Leaving Certificate Examination, 1906
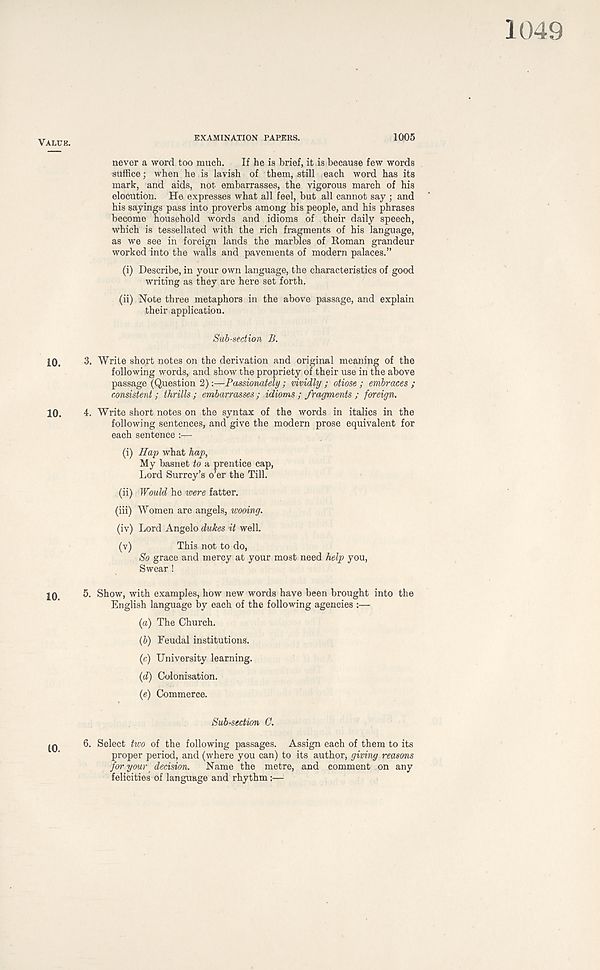
VALUE.
EXAMINATION PAPERS.
1005
never a word too much.
If he is brief, it is because few words
suffice; when he is lavish of them, still each word has its
mark, and aids, not embarrasses, the vigorous march of his
elocution. He expresses what all feel, but all cannot say ; and
his sayings pass into proverbs among his people, and his phrases
become household words and idioms of their daily speech,
which is tessellated with the rich fragments of his language,
as we see in foreign lands the marbles of Roman grandeur
worked into the walls and pavements of modern palaces.”
(i) Describe, in your own language, the characteristics of good
writing as they are here set forth.
(ii) Note three metaphors in the above passage, and explain
their application.
Subsection B.
10.
3. Write short notes on the derivation and original meaning of the
following words, and show the propriety of their use in the above
passage (Question 2):—Passionately ; vividly ; otiose ; embraces ;
consistent; thrills ; embarrasses ; idioms; fragments ; foreign.
10.
4. Write short notes on the syntax of the words in italics in the
following sentences, and give the modern prose equivalent for
each sentence :—
(i) Hap what hap,
My basnet to a prentice cap,
Lord Surrey’s o’er the Till.
(ii) Would he were fatter.
(iii) Women are angels, wooing.
(iv) Lord Angelo dukes it well.
(v)
This not to do,
So grace and mercy at your most need help you,
Swear !
10
5. Show, with examples, how new words have been brought into the
English language by each of the following agencies :—
(a) The Church.
(b) Feudal institutions.
(c) University learning.
(d) Colonisation.
(e) Commerce.
Sub-section G.
6. Select two of the following passages. Assign each of them to its
proper period, and (where you can) to its author, giving reasons
for your decision.
Name the metre, and comment on any
felicities of language and rhythm:—